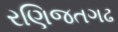
રણિજતગઢ